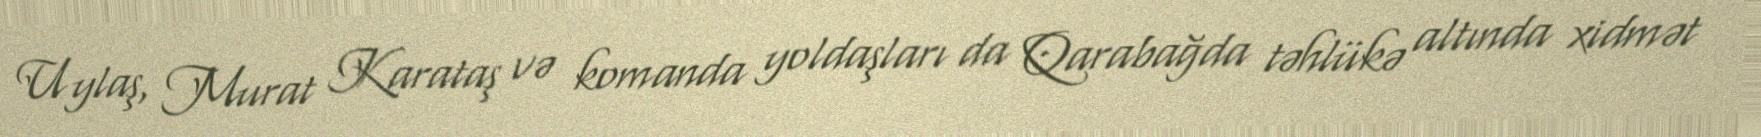
Uylaş, Murat Karataş və komanda yoldaşları da Qarabağda təhlükə altında xidmət